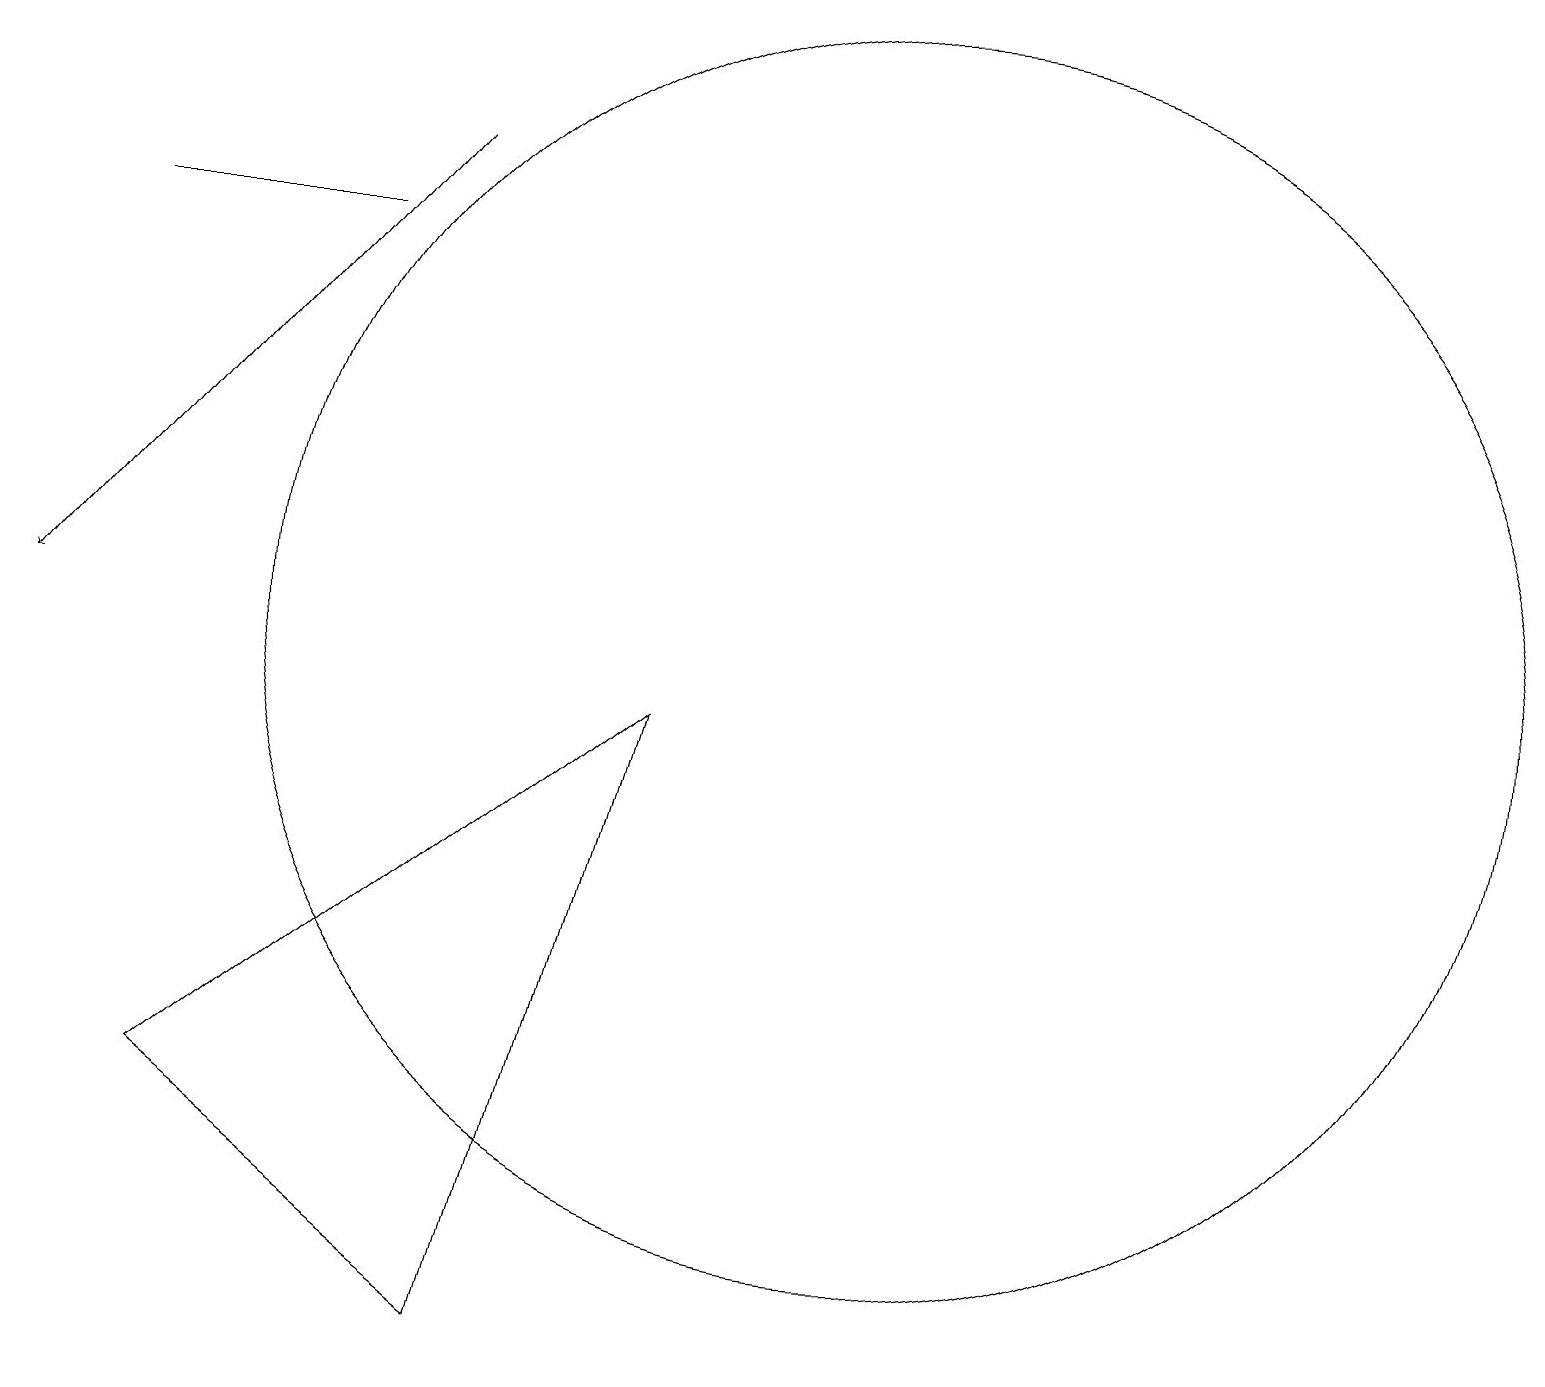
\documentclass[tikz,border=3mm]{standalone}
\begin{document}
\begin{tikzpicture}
\draw (4,15) rectangle (1,15);
\draw[->] (5,16) -- (0,10);
\draw (11,10) circle (8);
\draw (6,1) -- (8,9) -- (2,4) -- cycle;
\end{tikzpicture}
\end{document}